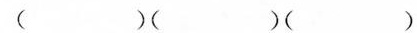
()()()